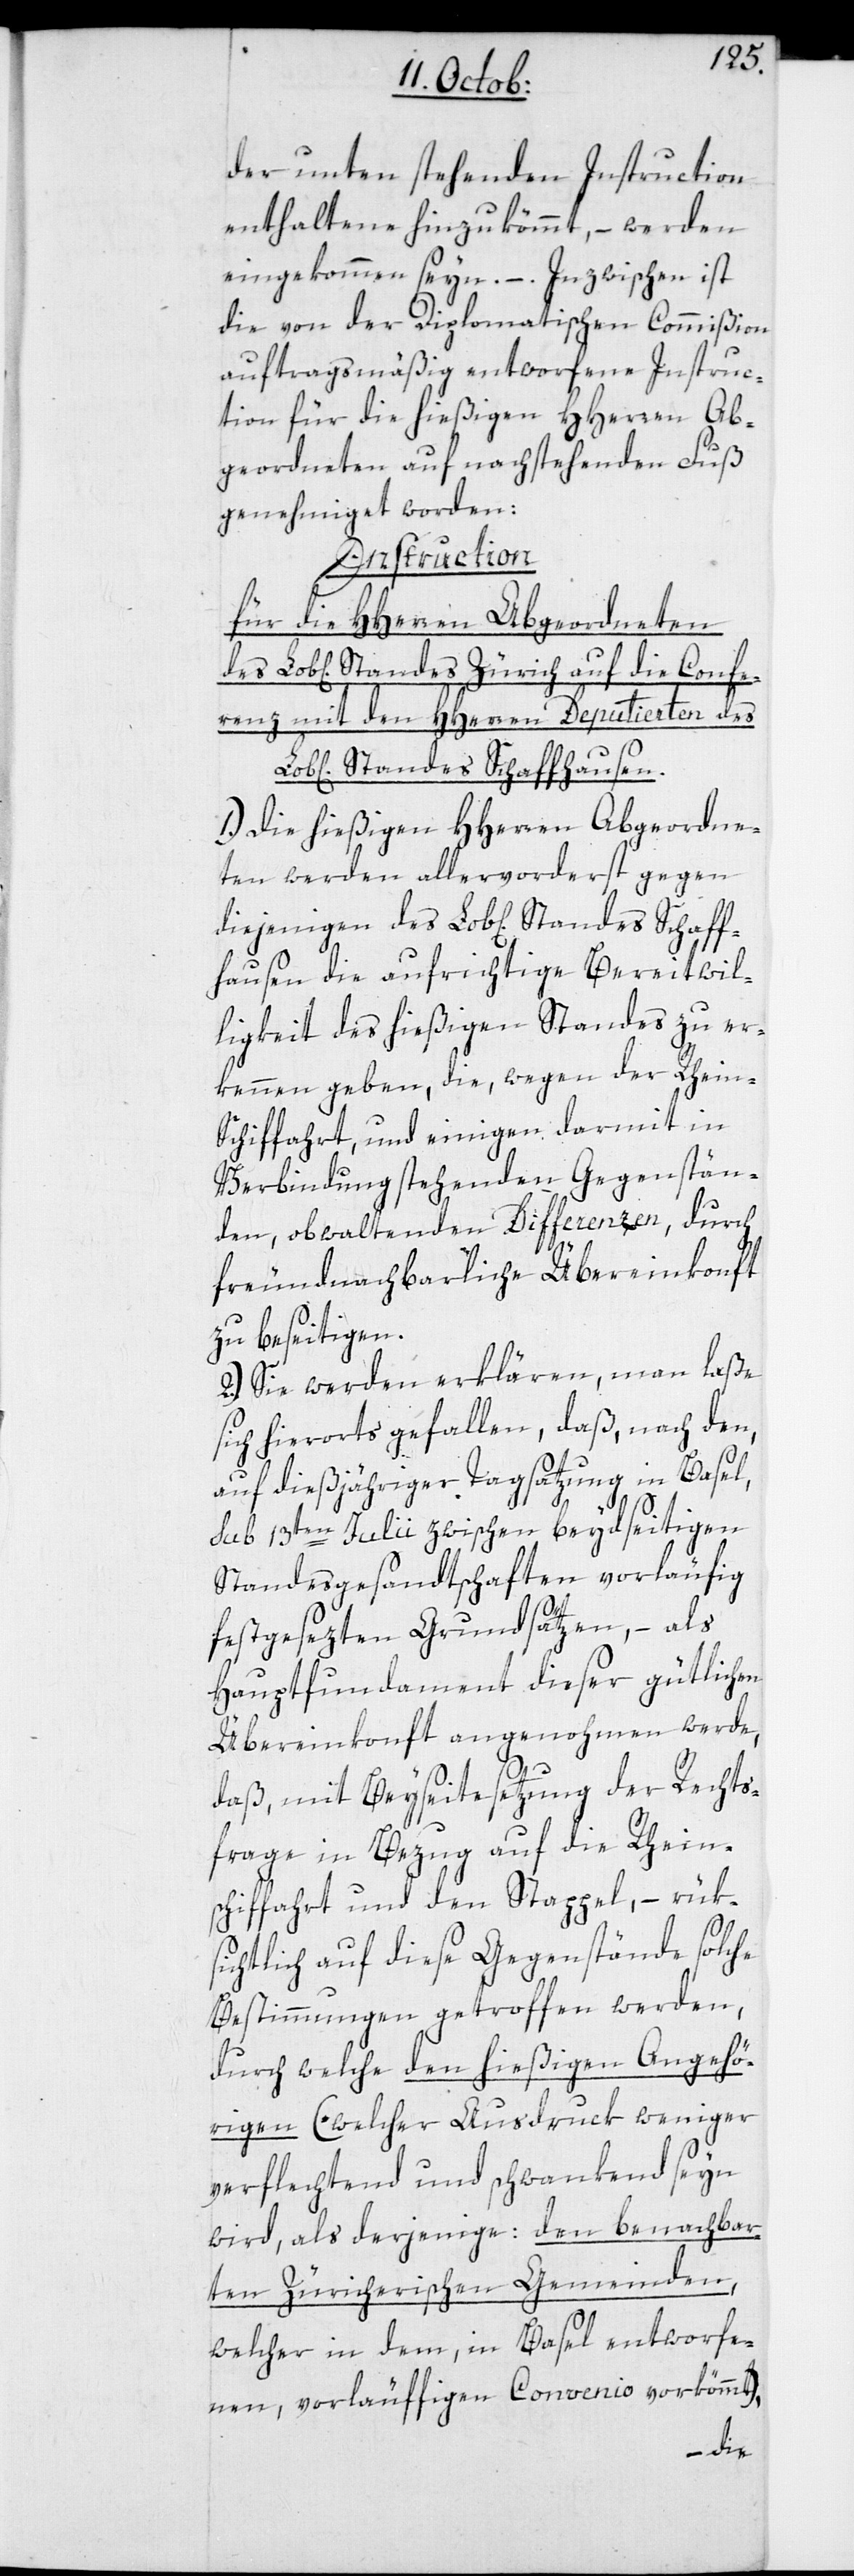
der unten stehenden Instruction
enthaltene hinzukömmt, – werden
eingekommen seyn. –. Inzwischen ist
die von der Diplomatischen Commißion
auftragsmäßig entworfene Instruc¬
tion für die hießigen HHerren Ab¬
geordneten auf nachstehenden Fuß
genehmiget worden:
Standes Schaf¬
für die HHerren Abgeordneten
renz mit den HHerren Deputierten des
Standes Schaffhausen.
1.) Die hießigen HHerren Abgeordne¬
ten werden allervorderst gegen
fhausen die aufrichtige Bereitwil¬
ligkeit des hießigen Standes zu er¬
kennen geben, die, wegen der Rhein¬
schiffahrt, und einigen darmit in
Verbindung stehenden Gegenstän¬
den, obwaltenden Differenzen, durch
freundnachbarliche Übereinkonft
zu beseitigen.
2.) Sie werden erklären, man laße
sich hierorts gefallen, daß, nach den,
auf dießjähriger Tagsatzung in Basel,
sub 13ten Julii zwischen beydseitigen
Standesgesandtschaften vorläufig
festgesezten Grundsätzen, – als
Hauptfundament dieser gütlichen
Übereinkonft angenohmen werde,
daß, mit Beyseitesetzung der Rechts¬
frage in Bezug auf die Rhein¬
schiffahrt und den Stappel, – rük¬
sichtlich auf diese Gegenstände solche
Bestimmungen getroffen werden,
durch welche den hießigen Angehö¬
rigen (welcher Ausdruck weniger
verflechtend und schwankend sein
wird, als derjenige: den benachbar¬
ten zürcherischen Gemeinden,
welcher in dem, in Basel entworfe¬
nen vorläuffigen Convenio vorkömmt),
des